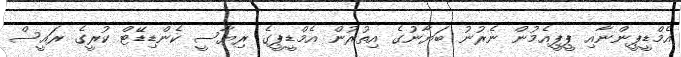
އެމްޑީޕީންނާއި ޕީޕީއެމުން ނެރުނު ބަޔާނުގެ އިތުރުން އެމްޑީޕީގެ ރިޔާސީ ކެންޑިޑޭޓް ކުރީގެ ރައީސް